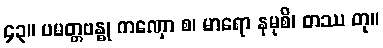
၄၃။ ပမတ္တဗန္ဓု ကဏှော စ၊ မာရော နမုစိ၊ တဿ တု။